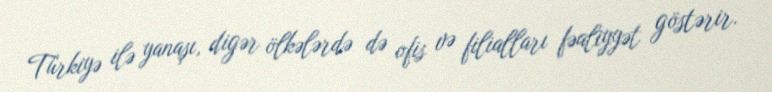
Türkiyə ilə yanaşı, digər ölkələrdə də ofis və filialları fəaliyyət göstərir.